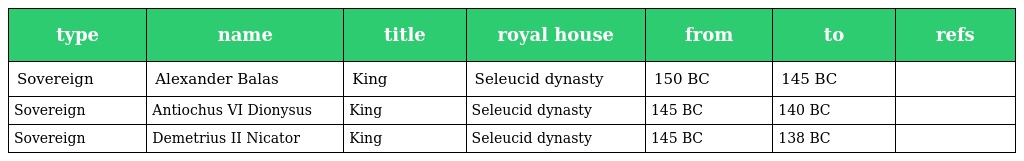
| type | name | title | royal house | from | to | refs |
 | --- | --- | --- | --- | --- | --- | --- |
 | Sovereign | Alexander Balas | King | Seleucid dynasty | 150 BC | 145 BC |  |
 | Sovereign | Antiochus VI Dionysus | King | Seleucid dynasty | 145 BC | 140 BC |  |
 | Sovereign | Demetrius II Nicator | King | Seleucid dynasty | 145 BC | 138 BC |  |